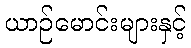
ယာဉ်မောင်းများနှင့်